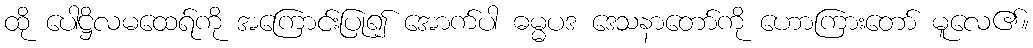
ထို ပေါဋ္ဌိလမထေရ်ကို အကြောင်းပြု၍ အောက်ပါ ဓမ္မပဒ ဒေသနာတော်ကို ဟောကြားတော် မူလေ၏။